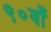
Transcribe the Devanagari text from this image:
९०वाँ